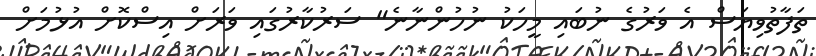
ތަފާތުވިޔަސް އެ ވަރުގެ ނުބައި މީހަކު ނުހުންނާނެ" ސަރުކާރުގައި ވަރަށް އިސްކޮށް އުޅުމަށް